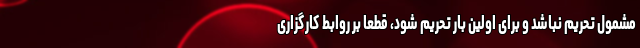
مشمول تحریم نباشد و برای اولین بار تحریم شود، قطعا بر روابط کارگزاری